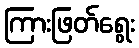
ကြားဖြတ်ရွေး